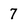
Character: 7